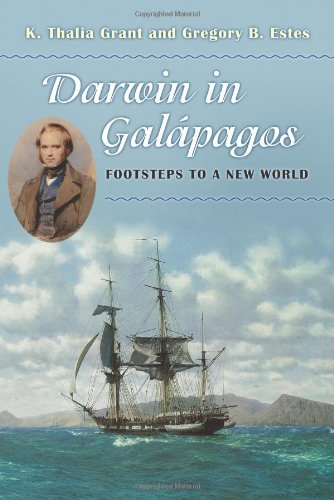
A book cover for Darwin in GalÃ¡pagos: Footsteps to a New World; K. Thalia Grant; Science & Math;